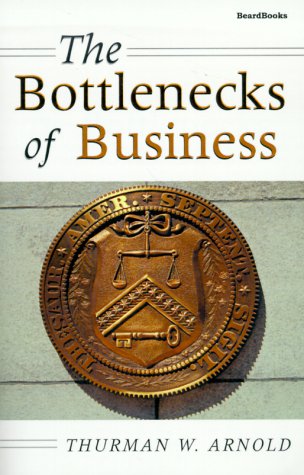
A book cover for The Bottlenecks of Business; Thurman W. Arnold; Law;